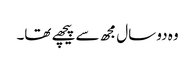
وہ دو سال مجھ سے پیچھے تھا۔